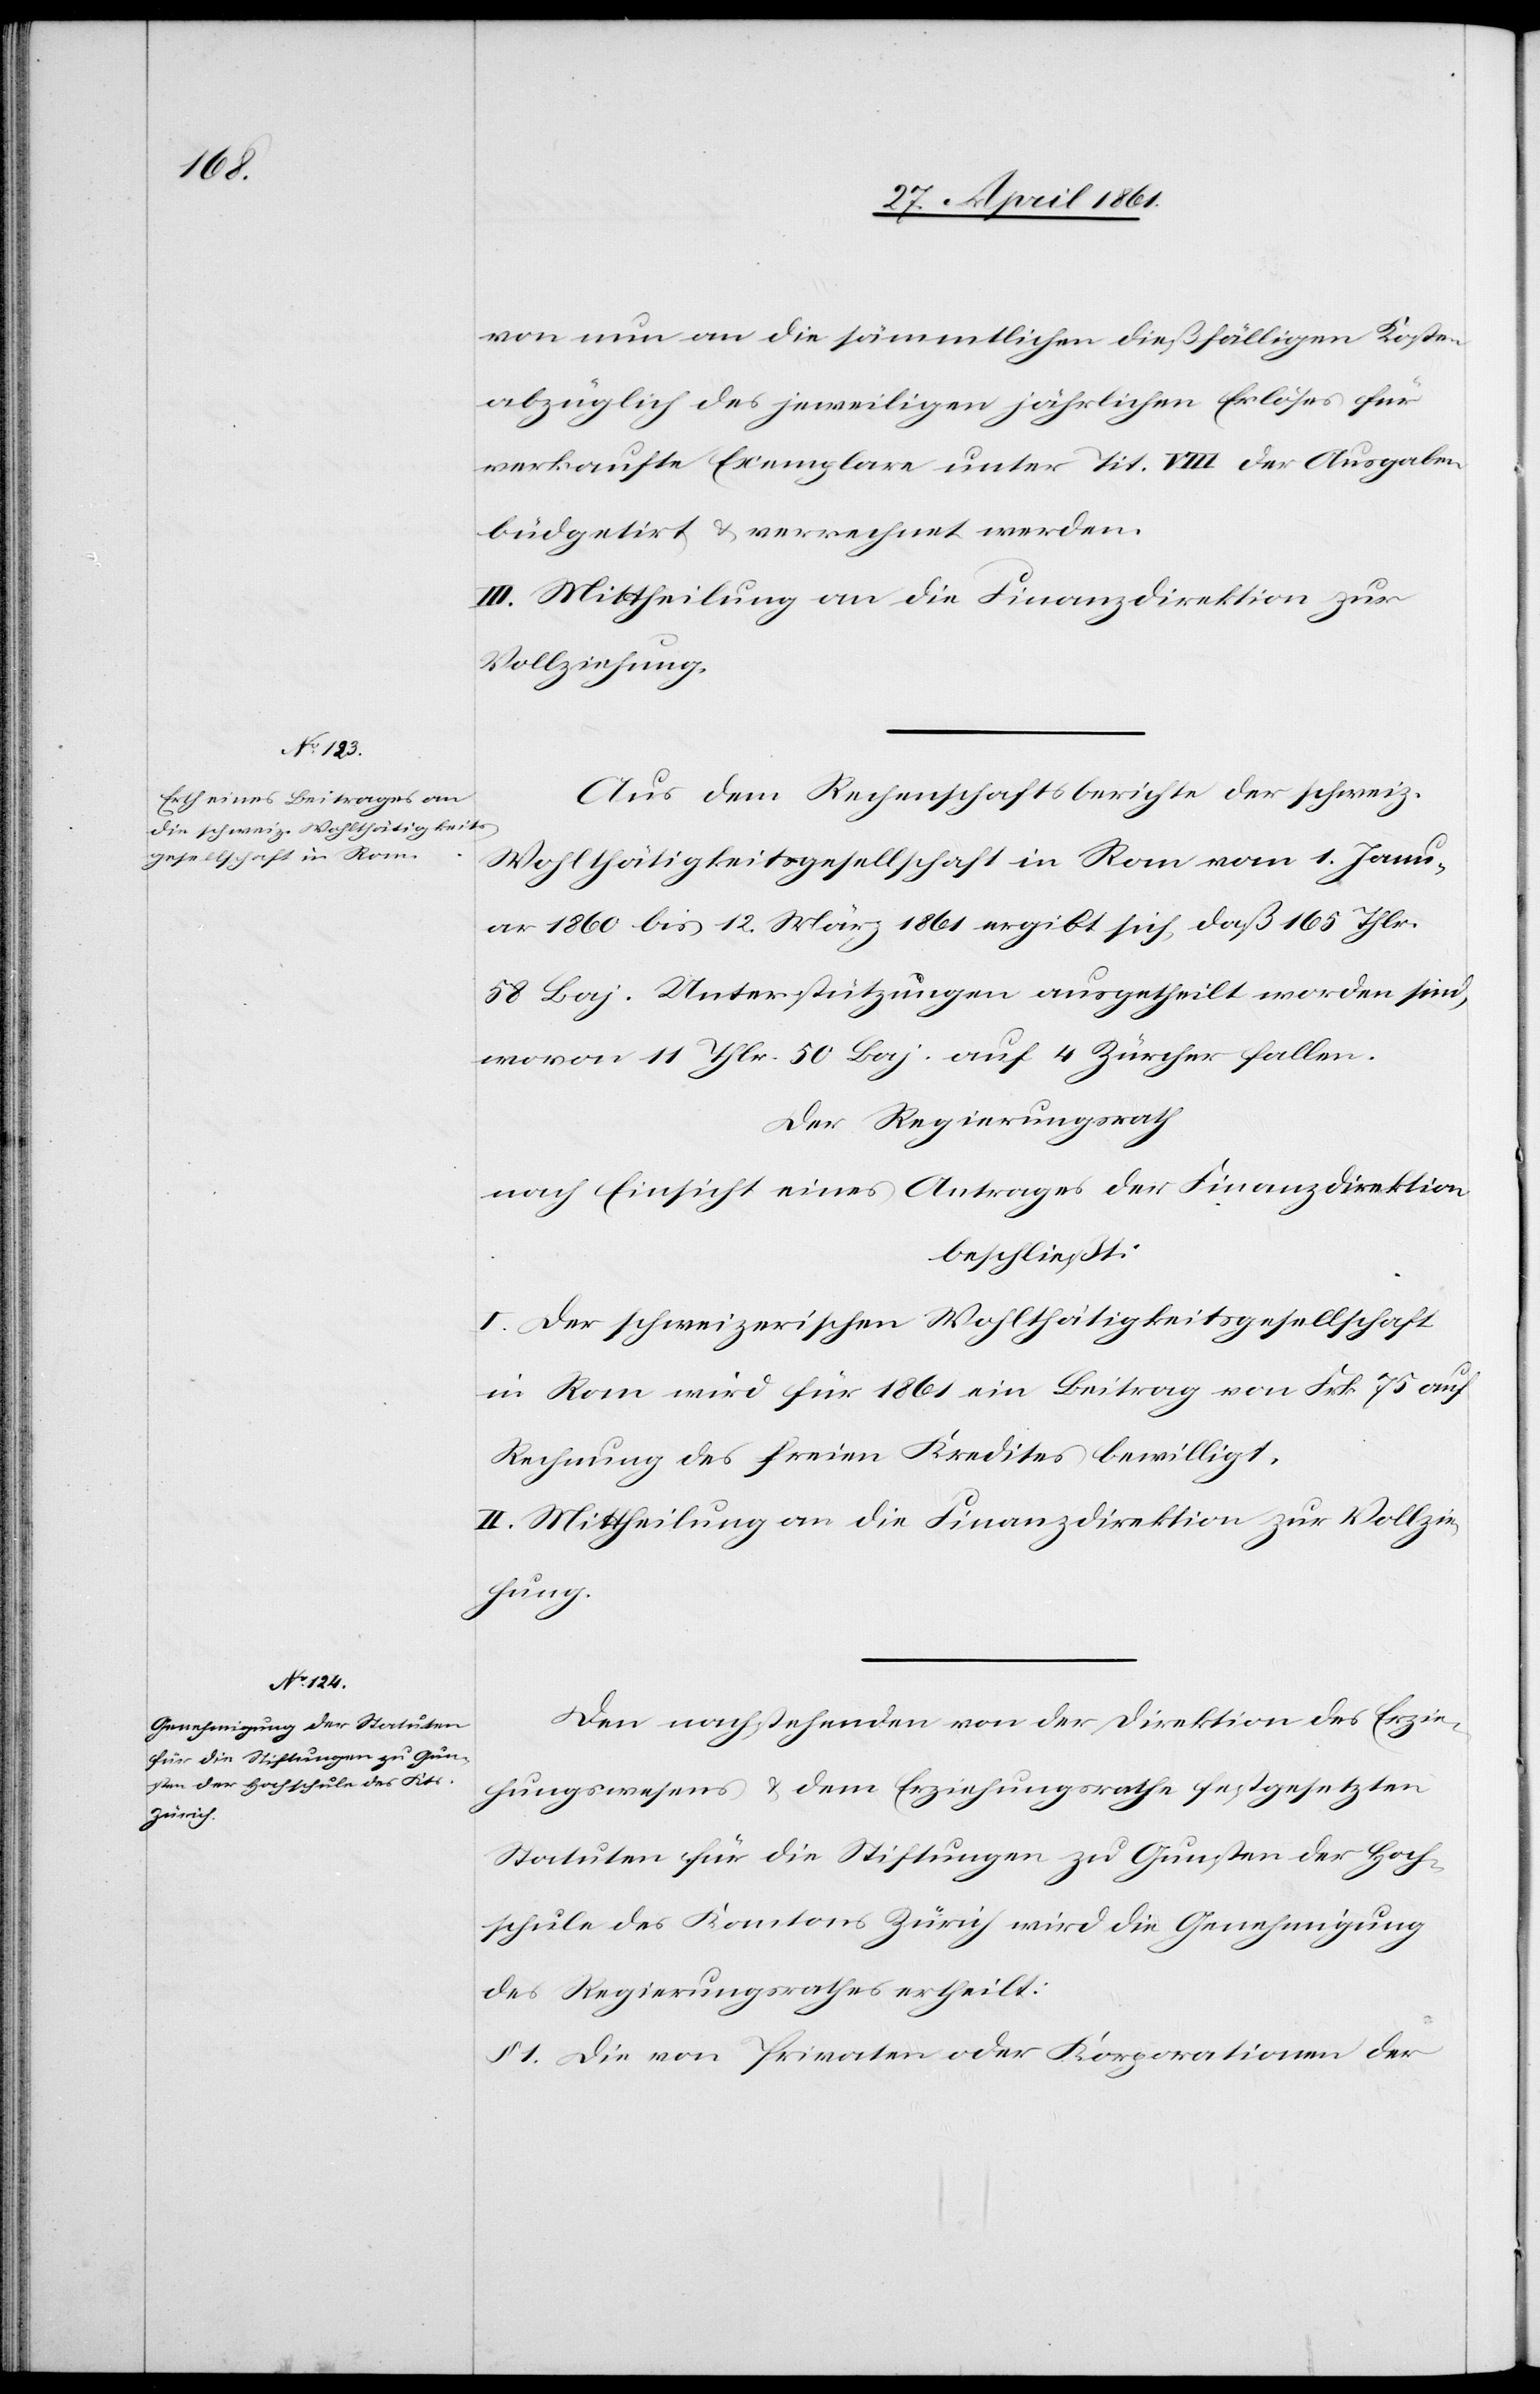
von nun an die sämmtlichen dießfälligen Kosten
abzüglich des jeweiligen jährlichen Erlöses für
verkaufte Exemplare unter Tit. VIII der Ausgaben
büdgetirt u. verrechnet werden.
II. Mittheilung an die Finanzdirektion zur
Vollziehung.
Aus dem Rechenschaftsberichte der schweiz.
Wohlthätigkeitsgesellschaft in Rom vom 1. Janu¬
ar 1860 bis 12. März 1861 ergibt sich, daß 165 Thl.
58 Baj. Unterstützungen ausgetheilt worden sind,
wovon 11 Thlr. 50 Baj. auf 4 Zürcher fallen.
Der Regierungsrath
nach Einsicht eines Antrages der Finanzdirektion
beschließt:
I. Der schweizerischen Wohlthätigkeitsgesellschaft
in Rom wird für 1861 ein Beitrag von Frk. 75 auf
Rechnung des freien Kredites bewilligt.
Den nachstehenden von der Direktion des Erzie¬
hungswesens u. dem Erziehungsrathe festgesetzten
Statuten für die Stiftungen zu Gunsten der Hoch¬
schule des Kantons Zürich wird die Genehmigung
des Regierungsrathes ertheilt:
§ 1. Die von Privaten oder Korporationen der